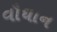
વૌઘાન